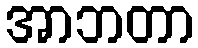
အာဘတာ